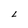
Character: L